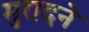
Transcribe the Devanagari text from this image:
मुरादने